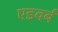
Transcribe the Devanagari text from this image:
एडवर्ब